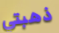
ذهبتي